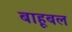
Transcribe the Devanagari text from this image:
बाहूबल